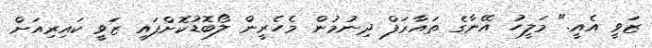
ޒަވީ އެއީ." މަލީހު އޭނާގެ ތައާރަފް ދިނުމުން މެހެރީން ލޯބޮޑުކޮށްފައި ޒަވީ ކައިރިއަށް